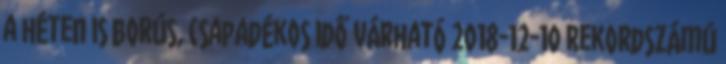
a héten is borús, csapadékos idő várható 2018-12-10 Rekordszámú